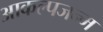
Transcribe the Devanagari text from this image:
आकल्पजन्म